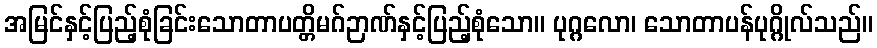
အမြင်နှင့်ပြည့်စုံခြင်းသောတာပတ္တိမဂ်ဉာဏ်နှင့်ပြည့်စုံသော။ ပုဂ္ဂလော၊ သောတာပန်ပုဂ္ဂိုလ်သည်။